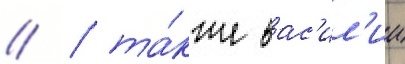
// / та́кже вас'ил'ии